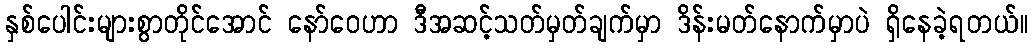
နှစ်ပေါင်းများစွာတိုင်အောင် နော်ဝေဟာ ဒီအဆင့်သတ်မှတ်ချက်မှာ ဒိန်းမတ်နောက်မှာပဲ ရှိနေခဲ့ရတယ်။